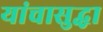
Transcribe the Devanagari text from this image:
यांचासुद्धा